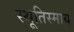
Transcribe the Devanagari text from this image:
स्थूतिस्माय